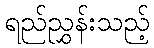
ရည်ညွှန်းသည့်